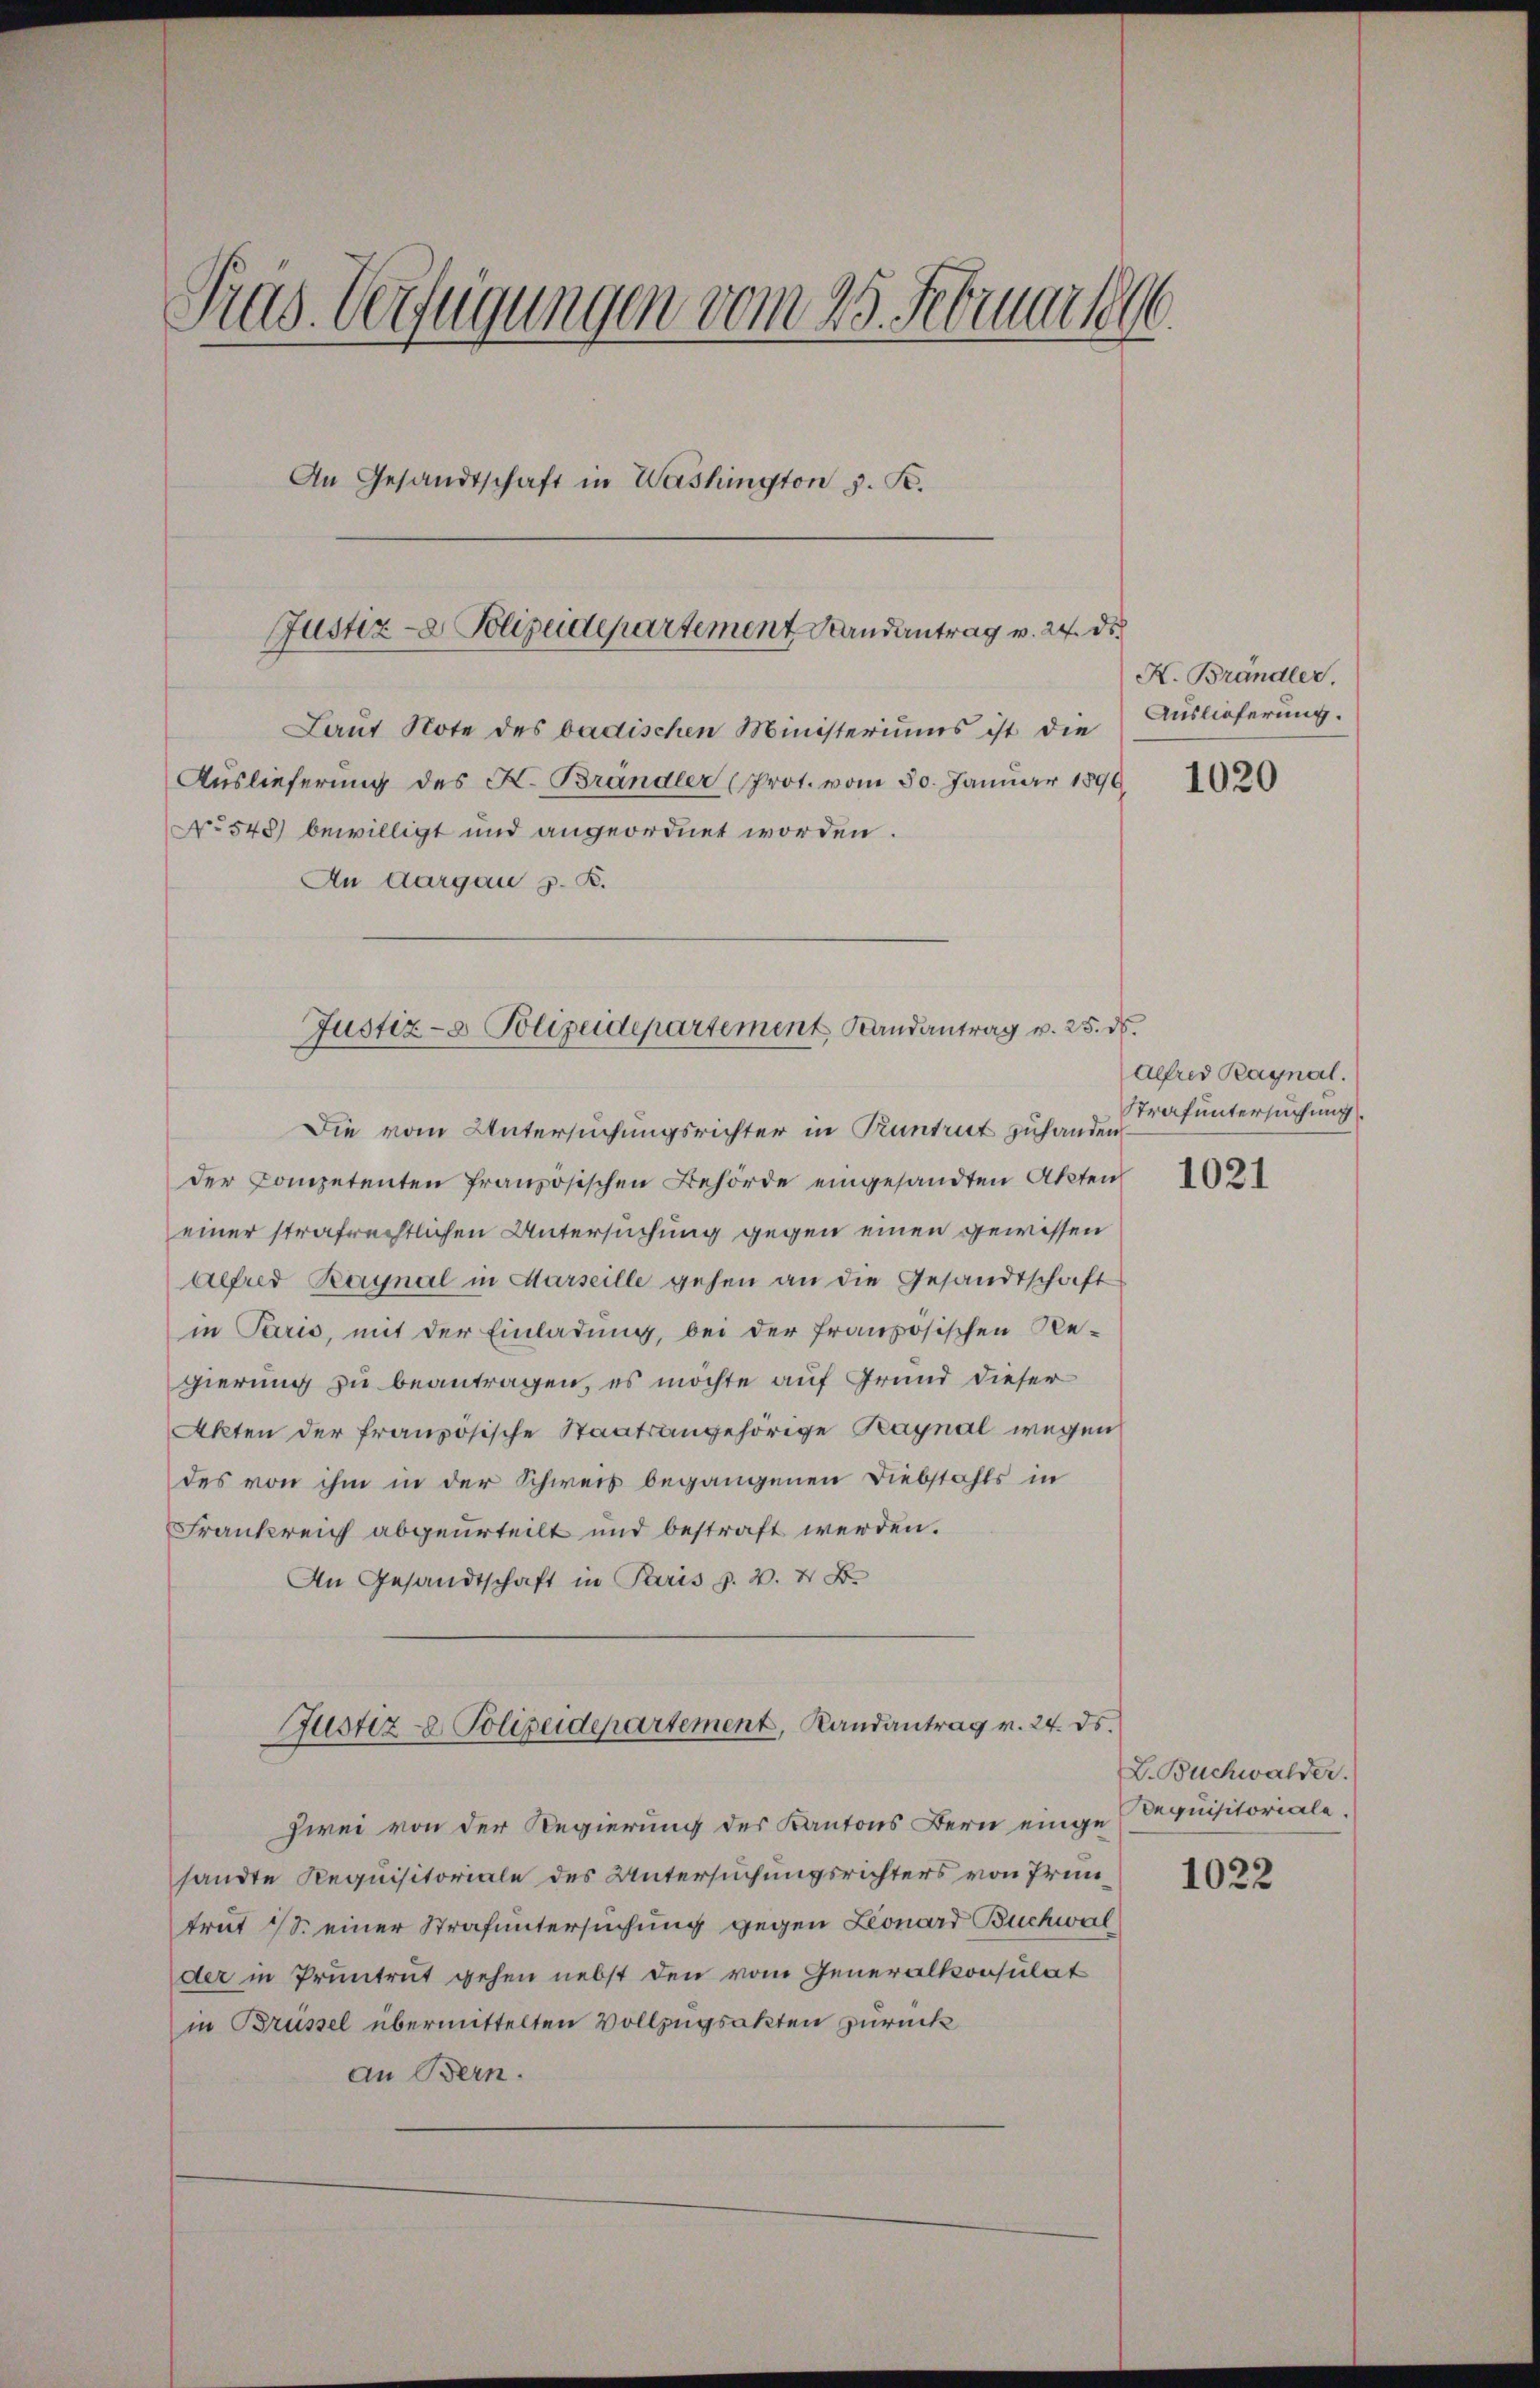
Tras Verfügungen vom 25. Februar 1896.
An Gesandtschaft in Washington z. K.
Justiz- & Polizeidepartement Randantrag v. 24. ds.
Laŭt Note des badischen Ministeriums ist die Auslieferung.
Auslieferung des H. Brandler (Prot. vom 30. Januar 1896
No 548) bewilligt und angeordnet worden.
An Aargau z. B.

Justiz- & Polizeidepartement, Landantrag v. 25. ds.
Die vom Untersuchungsrichter in Kuntrut zuhanden

der Competenten französischen Behörde eingesandten Akten
einer strafrechtlichen Untersuchung gegen einen gewissen
Alfred Raynal in Marseille gehen an die Gesandtschaft
in Paris, mit der Einladung, bei der französischen Re-
gierung zu beantragen, es möchte auf Grund dieser
Akten der französische Staatsangehörige Kaynal wegen
des von ihm in der Schweis begangenen Diebstahls in
Frankreich abgeurteilt und bestraft werden.
An Gesandtschaft in Paris p. v. 4. B.
Justiz- & Polizeidepartement, Randantrag v. 24. ds.
zwei von der Regierung des Kantons Bern einge Requisitoriale
sandte Requisitoriale des Untersuchungsrichters von Prüntrat 18. einer Strafuntersuchung gegen Leonard Buchwal
der in Pruntrut gehen nebst den vom Generalkonsulat
in Brüssel übermittelten Vollzugsakten zurück
an Bern.

K. Brändler

1020

Alfred Raynal.
Trafuntersuchung

1021

L. Buchwalder.

1022